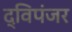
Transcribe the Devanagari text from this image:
द्विपंजर